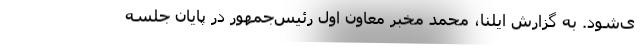
ی‌شود. به گزارش ایلنا، محمد مخبر معاون اول رئیس‌جمهور در پایان جلسه